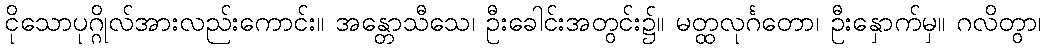
ငိုသောပုဂ္ဂိုလ်အားလည်းကောင်း။ အန္တောသီသေ၊ ဦးခေါင်းအတွင်း၌။ မတ္ထလုင်္ဂတော၊ ဦးနှောက်မှ။ ဂလိတွာ၊